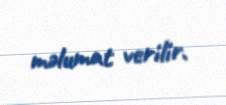
məlumat verilir.